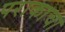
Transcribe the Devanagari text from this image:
पराकाचा